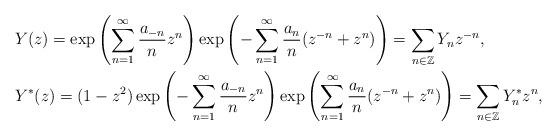
LaTeX: \begin{align*}&Y(z)=\exp\left(\sum^\infty_{n=1}\frac{a_{-n}}{n}z^n\right)\exp\left(-\sum^\infty_{n=1}\frac{a_n}{n}(z^{-n}+z^n)\right)=\sum_{n\in \mathbb{Z}}Y_nz^{-n},\\&Y^*(z)=(1-z^2)\exp\left(-\sum^\infty_{n=1}\frac{a_{-n}}{n}z^n\right)\exp\left(\sum^\infty_{n=1}\frac{a_n}{n}(z^{-n}+z^n)\right)=\sum_{n\in \mathbb{Z}}Y^*_nz^n,\end{align*}